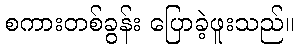
စကားတစ်ခွန်း ပြောခဲ့ဖူးသည်။